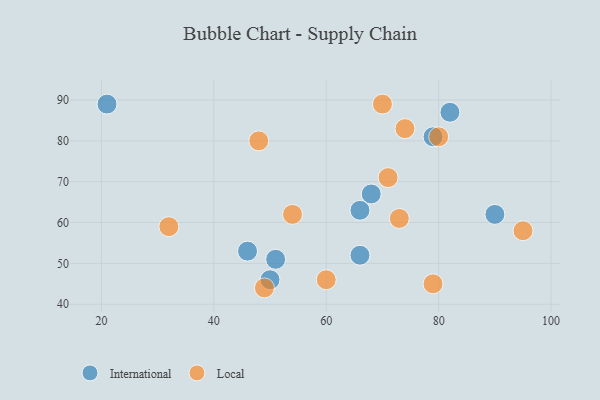
{"axis": {"x": "GDP", "y": "Life Expectancy"}, "legend": ["International", "Local"], "data": [{"x": "46", "y": 53, "type": "International"}, {"x": "90", "y": 62, "type": "International"}, {"x": "68", "y": 67, "type": "International"}, {"x": "82", "y": 87, "type": "International"}, {"x": "79", "y": 81, "type": "International"}, {"x": "50", "y": 46, "type": "International"}, {"x": "51", "y": 51, "type": "International"}, {"x": "66", "y": 63, "type": "International"}, {"x": "66", "y": 52, "type": "International"}, {"x": "21", "y": 89, "type": "International"}, {"x": "49", "y": 44, "type": "Local"}, {"x": "71", "y": 71, "type": "Local"}, {"x": "60", "y": 46, "type": "Local"}, {"x": "79", "y": 45, "type": "Local"}, {"x": "80", "y": 81, "type": "Local"}, {"x": "73", "y": 61, "type": "Local"}, {"x": "48", "y": 80, "type": "Local"}, {"x": "95", "y": 58, "type": "Local"}, {"x": "70", "y": 89, "type": "Local"}, {"x": "54", "y": 62, "type": "Local"}, {"x": "32", "y": 59, "type": "Local"}, {"x": "74", "y": 83, "type": "Local"}]}